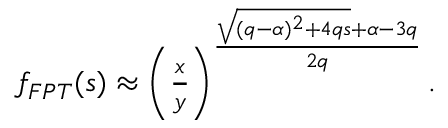
\begin{array} { r } { f _ { F P T } ( s ) \approx \left( \frac { x } { y } \right) ^ { \frac { \sqrt { ( q - \alpha ) ^ { 2 } + 4 q s } + \alpha - 3 q } { 2 q } } . } \end{array}